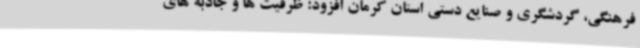
فرهنگی، گردشگری و صنایع دستی استان کرمان افزود: ظرفیت ها و جاذبه های